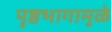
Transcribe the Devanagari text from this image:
पृष्ठभागामुळे